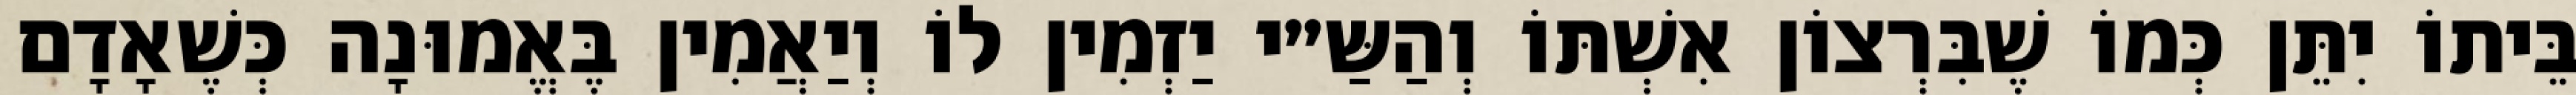
בֵּיתוֹ יִתֵּן כְּמוֹ שֶׁבִּרְצוֹן אִשְׁתּוֹ וְהַשַּ״י יַזְמִין לוֹ וְיַאֲמִין בֶּאֱמוּנָה כְּשֶׁאָדָם